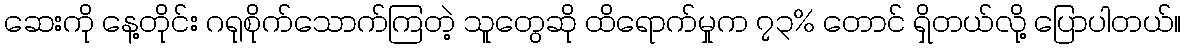
ဆေးကို နေ့တိုင်း ဂရုစိုက်သောက်ကြတဲ့ သူတွေဆို ထိရောက်မှုက ၇၃% တောင် ရှိတယ်လို့ ပြောပါတယ်။